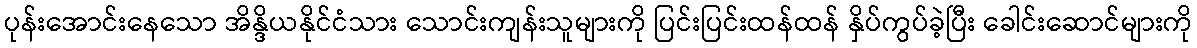
ပုန်းအောင်းနေသော အိန္ဒိယနိုင်ငံသား သောင်းကျန်းသူများကို ပြင်းပြင်းထန်ထန် နှိပ်ကွပ်ခဲ့ပြီး ခေါင်းဆောင်များကို